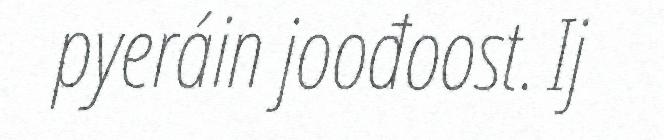
pyeráin joođoost. Ij